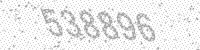
Solution: 538896